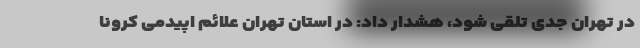
در تهران جدی تلقی شود، هشدار داد: در استان تهران علائم اپیدمی کرونا